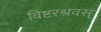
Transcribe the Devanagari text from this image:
विष्टरश्रवस्